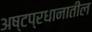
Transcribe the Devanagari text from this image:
अष्टप्रधानातील